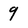
Character: 9